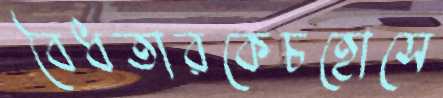
বৈধতারকেচহোসে